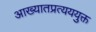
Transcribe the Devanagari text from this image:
आख्यातप्रत्यययुक्त